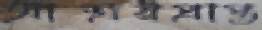
আশ্রয়প্রাপ্ত